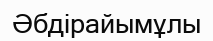
Әбдірайымұлы